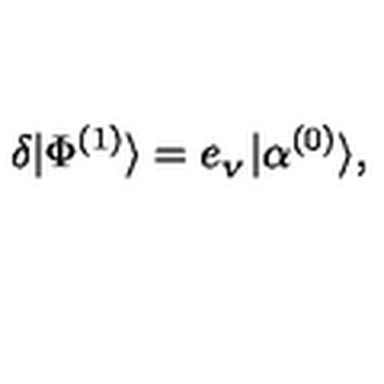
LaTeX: \delta | \Phi ^ { ( 1 ) } \rangle = e _ { _ V } | \alpha ^ { ( 0 ) } \rangle ,